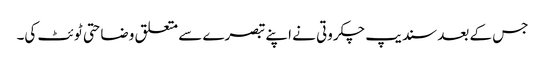
جس کے بعد سندیپ چکروتی نے اپنے تبصرے سے متعلق وضاحتی ٹوئٹ کی۔